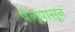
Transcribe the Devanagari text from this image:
पैलूंपासून